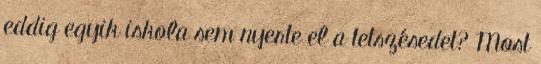
eddig egyik iskola sem nyerte el a tetszésedet? Most